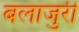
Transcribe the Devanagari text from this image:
बलाजुरी